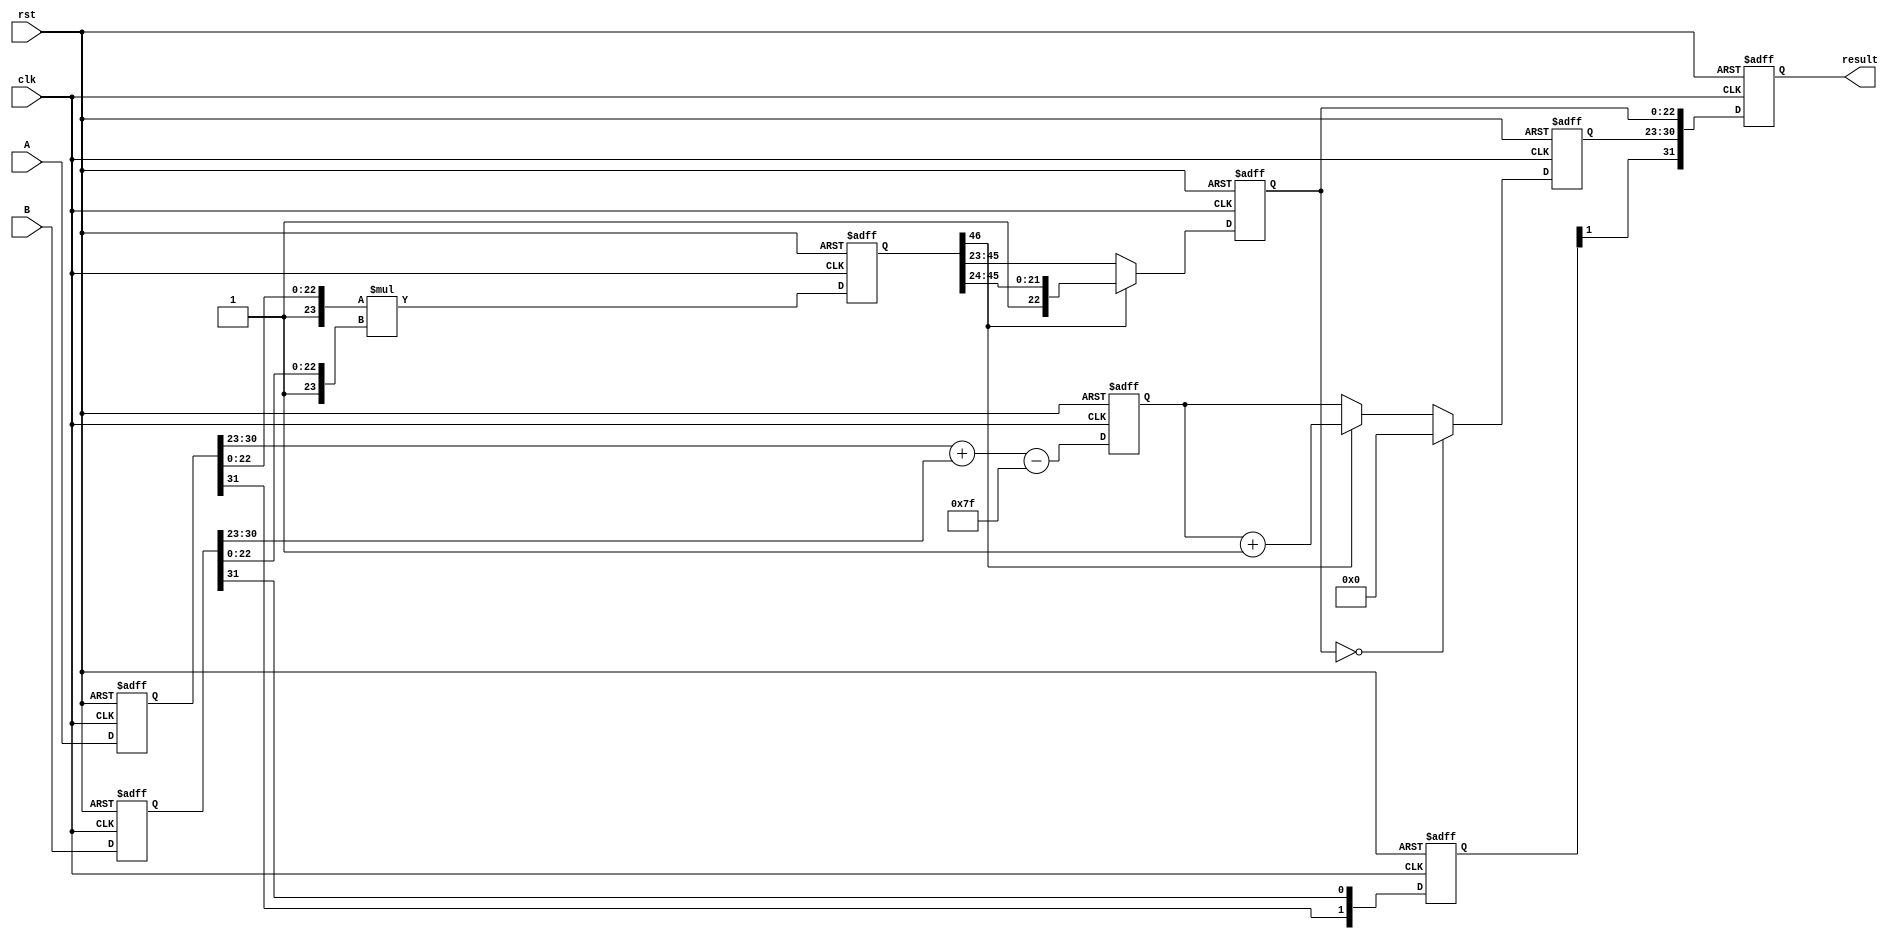
module fp_pipelined_multiplier (
    input clk,
    input rst,
    input [31:0] A, // First floating-point input
    input [31:0] B, // Second floating-point input
    output reg [31:0] result // Resulting floating-point output
);

    // Pipeline registers
    reg [31:0] A_reg, B_reg;
    reg [1:0] sign;
    reg [8:0] exponent; // 8 bits + 1 for overflow
    reg [46:0] mantissa; // 23 bits + 23 bits = 46 bits
    reg [7:0] final_exponent;
    reg [22:0] final_mantissa;

    // Constants
    localparam BIAS = 8'd127;

    // Stage 1: Input registration and decomposition
    always @(posedge clk or posedge rst) begin
        if (rst) begin
            A_reg <= 32'b0;
            B_reg <= 32'b0;
        end else begin
            A_reg <= A;
            B_reg <= B;
        end
    end

    // Stage 2: Mantissa multiplication and sign calculation
    always @(posedge clk or posedge rst) begin
        if (rst) begin
            sign <= 2'b0;
            mantissa <= 47'b0; // 46 bits for mantissa + 1 for implicit leading 1
        end else begin
            sign <= {A_reg[31], B_reg[31]};
            mantissa <= {1'b1, A_reg[22:0]} * {1'b1, B_reg[22:0]};
        end
    end

    // Stage 3: Exponent calculation
    always @(posedge clk or posedge rst) begin
        if (rst) begin
            exponent <= 9'b0;
        end else begin
            exponent <= {1'b0, A_reg[30:23]} + {1'b0, B_reg[30:23]} - BIAS;
        end
    end

    // Stage 4: Normalization and final output registration
    always @(posedge clk or posedge rst) begin
        if (rst) begin
            final_exponent <= 8'b0;
            final_mantissa <= 23'b0;
            result <= 32'b0;
        end else begin
            // Normalization
            if (mantissa[46]) begin // If mantissa is greater than 1
                final_mantissa <= mantissa[46:24]; // Take the top 23 bits
                final_exponent <= exponent + 1; // Increment exponent
            end else begin // If mantissa is less than 1
                final_mantissa <= mantissa[45:23]; // Right shift mantissa
                final_exponent <= exponent; // Keep exponent the same
            end

            // Handle zero case
            if (final_mantissa == 23'b0) begin
                final_exponent <= 8'b0; // Set exponent to zero
            end

            // Assemble final result
            result <= {sign[1], final_exponent, final_mantissa};
        end
    end

endmodule